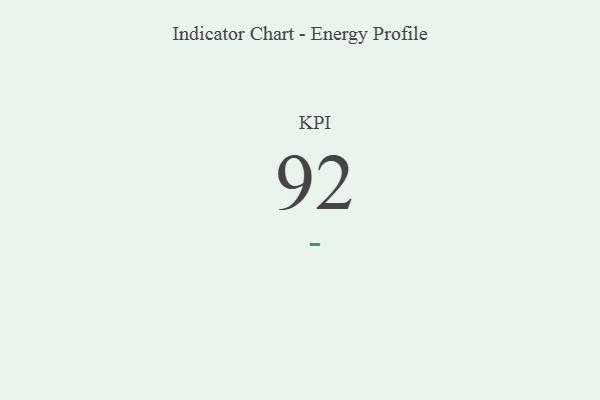
{"axis": {"x": "KPI", "y": "Value"}, "legend": [""], "data": [{"x": "KPI", "y": 92, "type": ""}]}